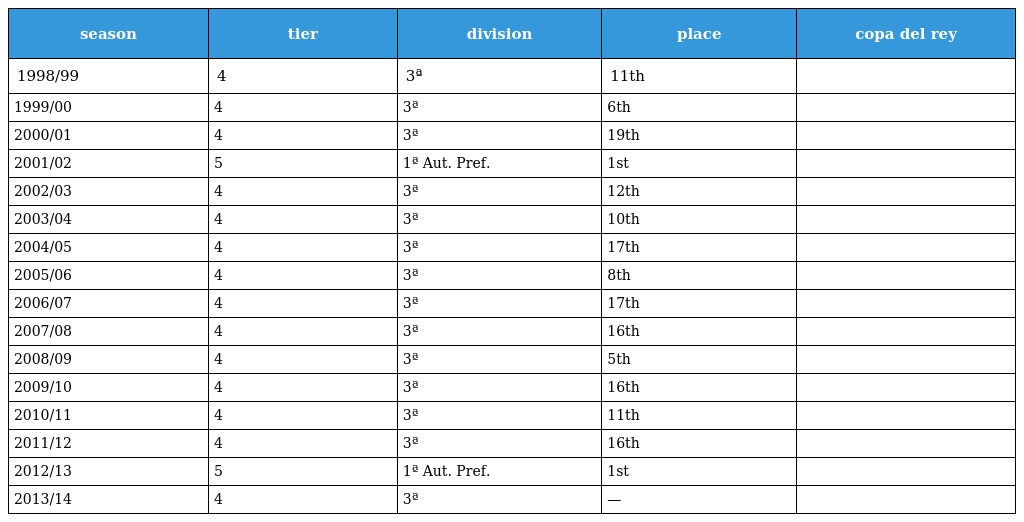
| season | tier | division | place | copa del rey |
 | --- | --- | --- | --- | --- |
 | 1998/99 | 4 | 3ª | 11th |  |
 | 1999/00 | 4 | 3ª | 6th |  |
 | 2000/01 | 4 | 3ª | 19th |  |
 | 2001/02 | 5 | 1ª Aut. Pref. | 1st |  |
 | 2002/03 | 4 | 3ª | 12th |  |
 | 2003/04 | 4 | 3ª | 10th |  |
 | 2004/05 | 4 | 3ª | 17th |  |
 | 2005/06 | 4 | 3ª | 8th |  |
 | 2006/07 | 4 | 3ª | 17th |  |
 | 2007/08 | 4 | 3ª | 16th |  |
 | 2008/09 | 4 | 3ª | 5th |  |
 | 2009/10 | 4 | 3ª | 16th |  |
 | 2010/11 | 4 | 3ª | 11th |  |
 | 2011/12 | 4 | 3ª | 16th |  |
 | 2012/13 | 5 | 1ª Aut. Pref. | 1st |  |
 | 2013/14 | 4 | 3ª | — |  |